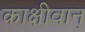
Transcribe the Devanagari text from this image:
काक्षीवान्